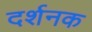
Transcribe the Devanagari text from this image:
दर्शनक